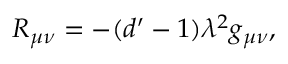
R _ { \mu \nu } = - ( d ^ { \prime } - 1 ) \lambda ^ { 2 } g _ { \mu \nu } ,